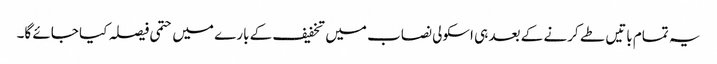
یہ تمام باتیں طے کرنے کے بعد ہی اسکولی نصاب میں تخفیف کے بارے میں حتمی فیصلہ کیا جائے گا۔